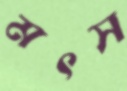
মৎস